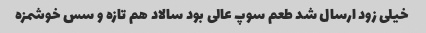
خیلی زود ارسال شد طعم سوپ عالی بود سالاد هم تازه و سس خوشمزه